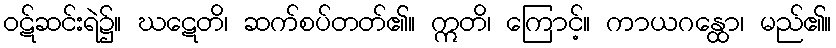
ဝဋ်ဆင်းရဲ၌။ ဃဋေတိ၊ ဆက်စပ်တတ်၏။ ဣတိ၊ ကြောင့်။ ကာယဂန္ထော၊ မည်၏။